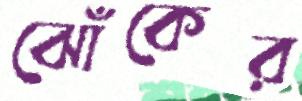
ঝোঁকের